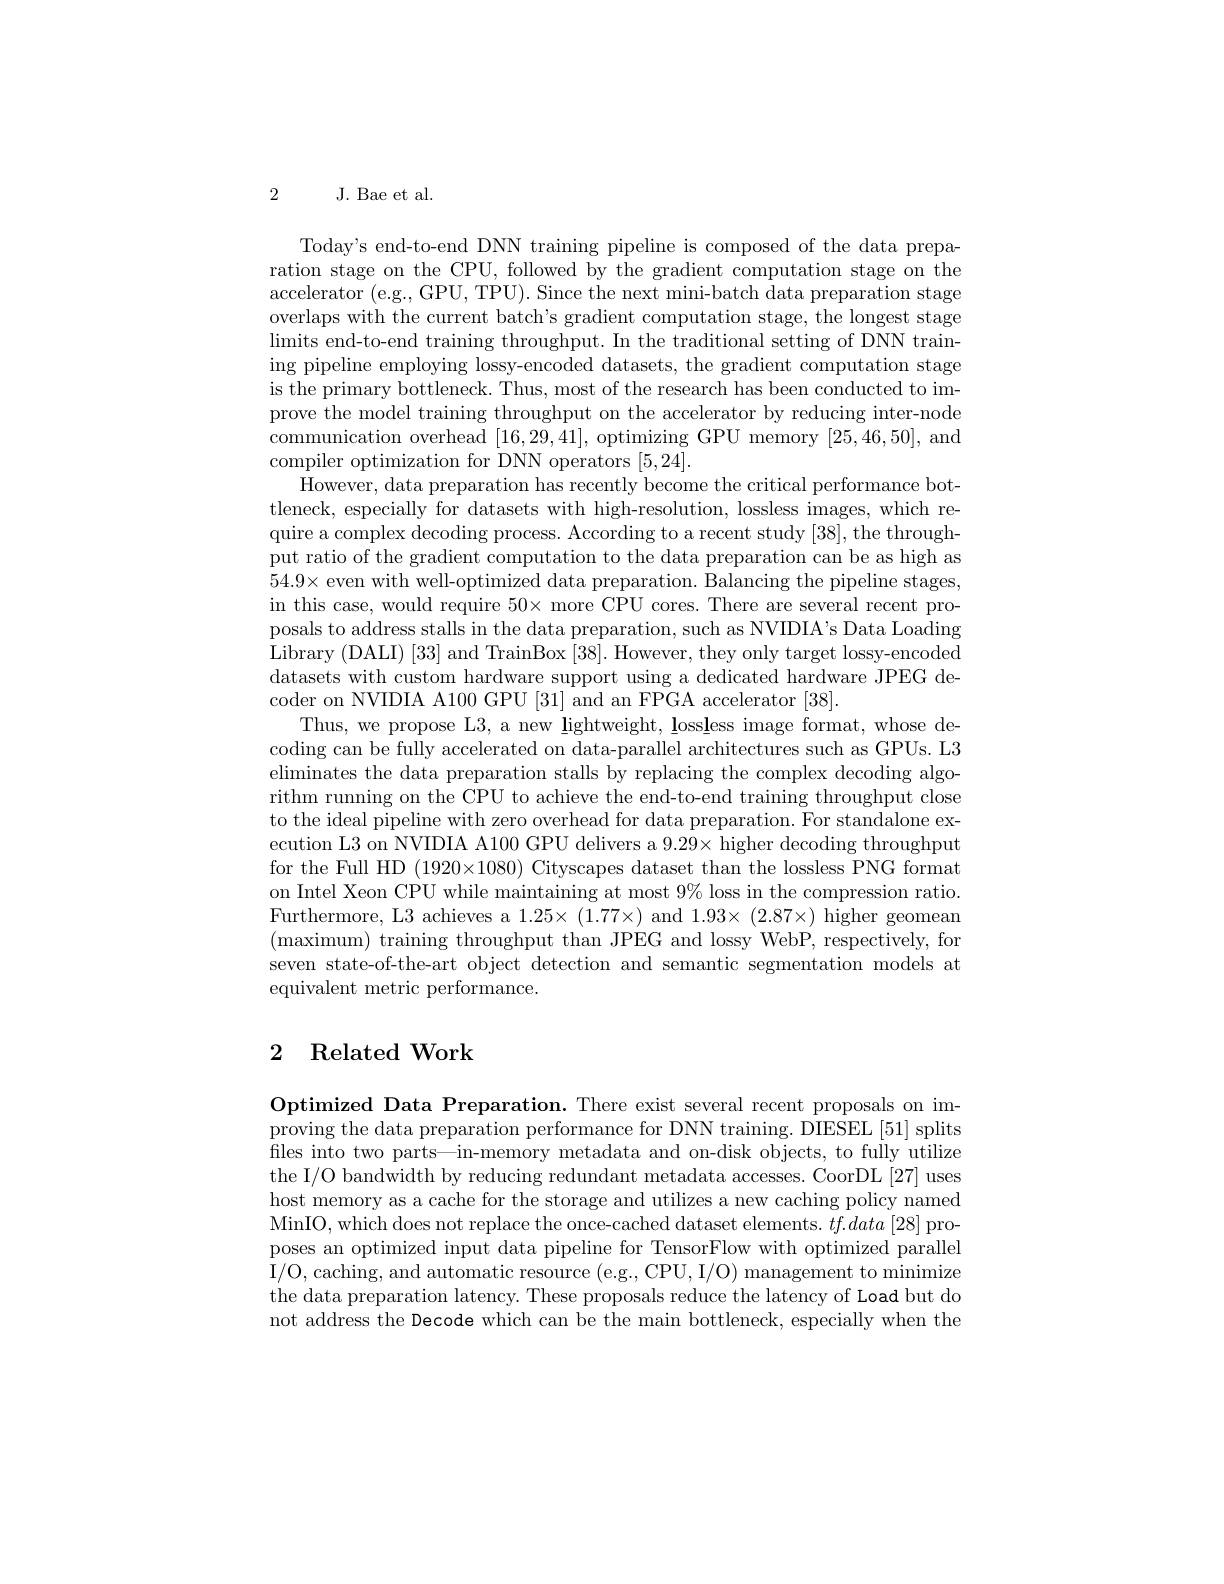
2

J. Bae et al.

Today's end-to-end DNN training pipeline is composed of the data preparation stage on the CPU, followed by the gradient computation stage on the accelerator (e.g., GPU, TPU). Since the next mini-batch data preparation stage overlaps with the current batch's gradient computation stage, the longest stage limits end-to-end training throughput. In the traditional setting of DNN training pipeline employing lossy-encoded datasets, the gradient computation stage is the primary bottleneck. Thus, most of the research has been conducted to improve the model training throughput on the accelerator by reducing inter-node communication overhead [16,29,41], optimizing GPU memory [25,46,50], and compiler optimization for DNN operators [5,24].
However, data preparation has recently become the critical performance bottleneck, especially for datasets with high-resolution, lossless images, which require a complex decoding process. According to a recent study [38], the throughput ratio of the gradient computation to the data preparation can be as high as $54.9\times$ even with well-optimized data preparation. Balancing the pipeline stages, in this case, would require $50\times$ more CPU cores. There are several recent proposals to address stalls in the data preparation, such as NVIDIA's Data Loading Library (DALI) [33] and TrainBox [38]. However, they only target lossy-encoded datasets with custom hardware support using a dedicated hardware JPEG decoder on NVIDIA A100 GPU [31] and an FPGA accelerator [38].
Thus, we propose L3, a new lightweight, lossless image format, whose decoding can be fully accelerated on data-parallel architectures such as GPUs. L3 eliminates the data preparation stalls by replacing the complex decoding algorithm running on the CPU to achieve the end-to-end training throughput close to the ideal pipeline with zero overhead for data preparation. For standalone execution L3 on NVIDIA A100 GPU delivers a $9.29\times$ higher decoding throughput for the Full HD (1920×1080) Cityscapes dataset than the lossless PNG format on Intel Xeon CPU while maintaining at most 9% loss in the compression ratio. Furthermore, L3 achieves a $1.25\times(1.77\times)$ and $1.93\times(2.87\times)$ higher geomean (maximum) training throughput than JPEG and lossy WebP, respectively, for seven state-of-the-art object detection and semantic segmentation models at equivalent metric performance.

### 2 Related Work

Optimized Data Preparation. There exist several recent proposals on improving the data preparation performance for DNN training. DIESEL [51] splits fles into two parts—in-memory metadata and on-disk objects, to fully utilize the I/O bandwidth by reducing redundant metadata accesses. CoorDL [27] uses host memory as a cache for the storage and utilizes a new caching policy named MinIO, which does not replace the once-cached dataset elements. $tf.data$ [28] proposes an optimized input data pipeline for TensorFlow with optimized parallel I/O, caching, and automatic resource (e.g., CPU, I/O) management to minimize the data preparation latency. These proposals reduce the latency of Load but do not address the Decode which can be the main bottleneck, especially when the